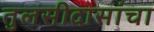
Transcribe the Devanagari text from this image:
तुलसीदासांचा